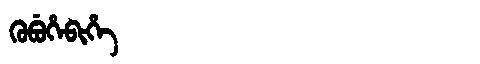
Manchu: ᡴᡠᠪᡠᡥᡝᠪᡳᡥᡝ
Romanization: KUBUHEBIHE